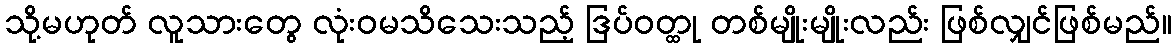
သို့မဟုတ် လူသားတွေ လုံးဝမသိသေးသည့် ဒြပ်ဝတ္ထု တစ်မျိုးမျိုးလည်း ဖြစ်လျှင်ဖြစ်မည်။